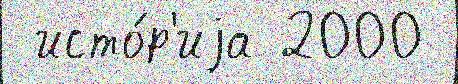
 исто́р'иjа 2000